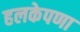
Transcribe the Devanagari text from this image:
हलकेपणा